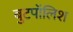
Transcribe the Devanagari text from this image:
बुटपॉलिश